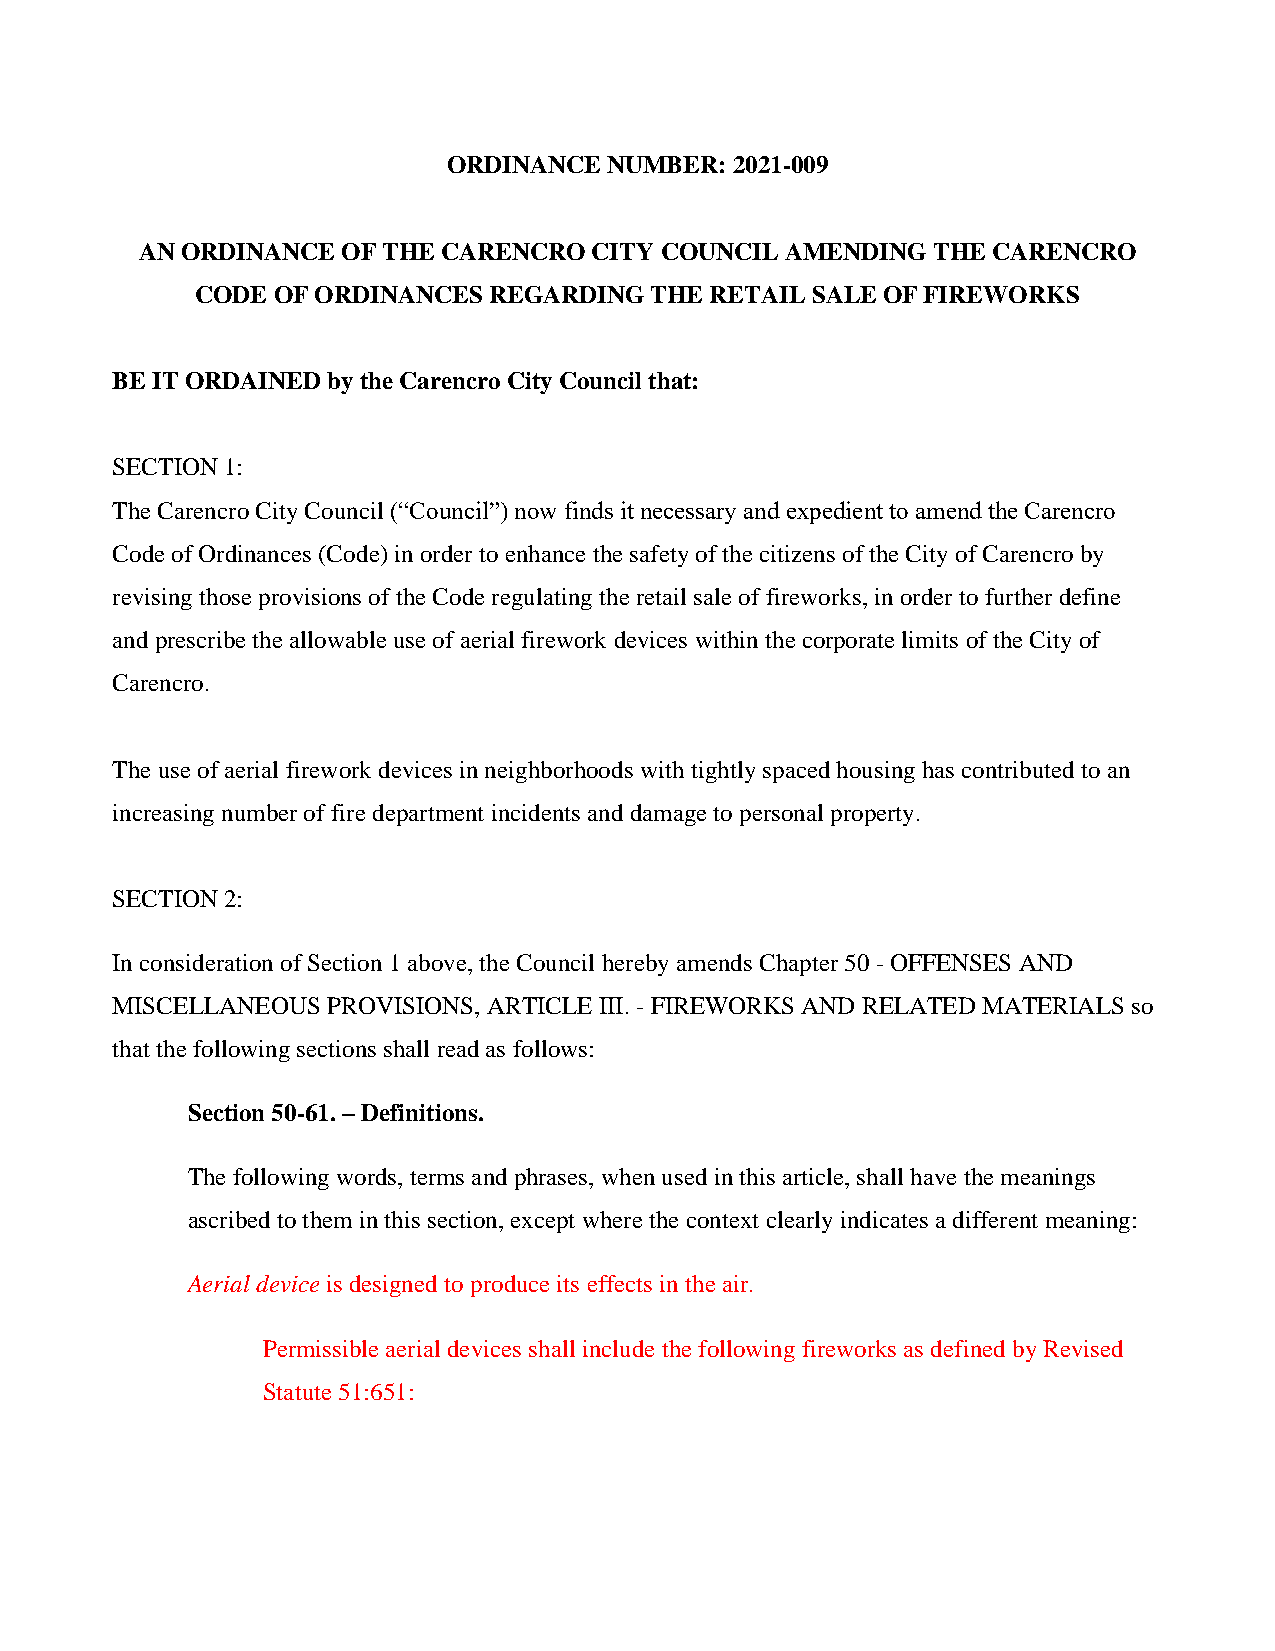
ORDINANCE NUMBER: 2021-009
 AN ORDINANCE  OF THE CARENCRO CITY COUNCIL AMENDING  THE CARENCRO
 CODE OF ORDINANCES REGARDING  THE RETAIL SALE OF FIREWORKS
 BE IT ORDAINED by the Carencro City Council that:
 SECTION 1:
 The Carencro City Council (“Council”) now finds it necessary and expedient to amend the Carencro
 Code of Ordinances (Code) in order to enhance the safety of the citizens of the City of Carencro by
 revising those provisions of the Code regulating the retail sale of fireworks, in order to further define
 and prescribe the allowable use of aerial firework devices within the corporate limits of the City of
 Carencro.
 The use of aerial firework devices in neighborhoods with tightly spaced housing has contributed to an
 increasing number of fire department incidents and damage to personal property.
 SECTION 2:
 In consideration of Section 1 above, the Council hereby amends Chapter 50 - OFFENSES AND
 MISCELLANEOUS  PROVISIONS, ARTICLE III. - FIREWORKS AND RELATED MATERIALS so
 that the following sections shall read as follows:
 Section 50-61. – Definitions.
 The following words, terms and phrases, when used in this article, shall have the meanings
 ascribed to them in this section, except where the context clearly indicates a different meaning:
 Aerial device is designed to produce its effects in the air.
 Permissible aerial devices shall include the following fireworks as defined by Revised
 Statute 51:651: